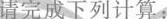
请完成下列计算：